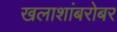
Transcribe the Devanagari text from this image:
खलाशांबरोबर